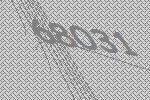
68031